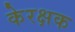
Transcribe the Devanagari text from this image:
केरक्षक